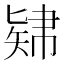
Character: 𥏚